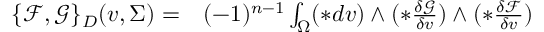
\begin{array} { r l } { \{ \mathcal { F } , \mathcal { G } \} _ { D } ( v , \Sigma ) = } & { { } ( - 1 ) ^ { n - 1 } \int _ { \Omega } ( \ast d v ) \wedge ( \ast \frac { \delta \mathcal { G } } { \delta v } ) \wedge ( \ast \frac { \delta \mathcal { F } } { \delta v } ) } \end{array}